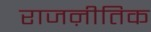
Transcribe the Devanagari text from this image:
राजऩीतिक